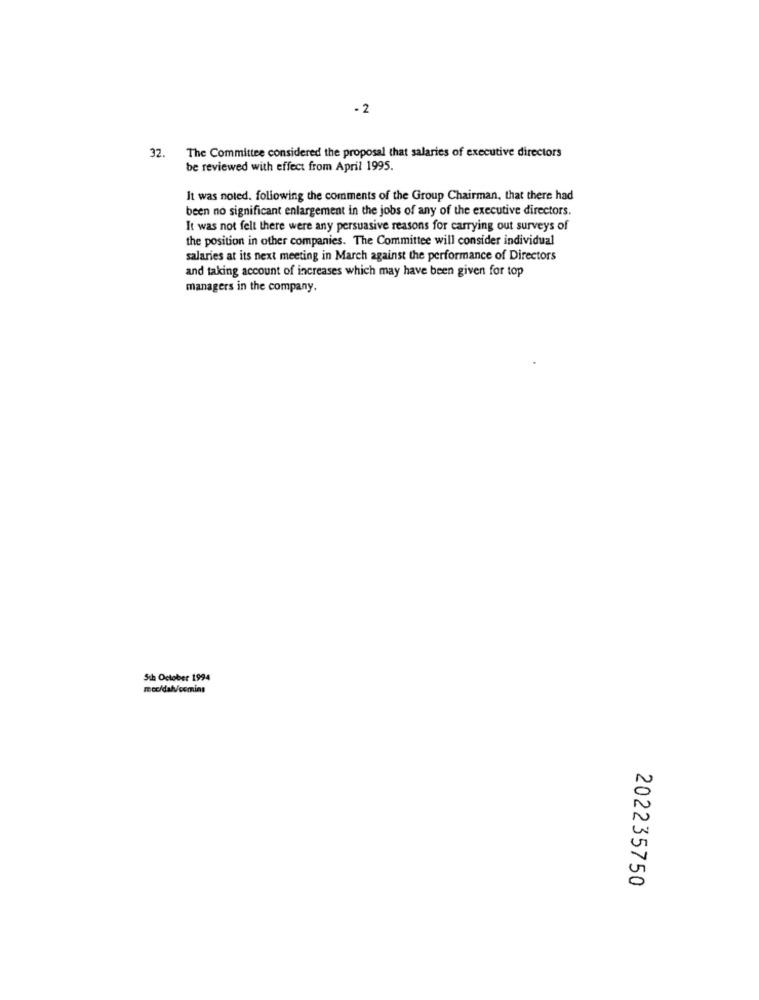
- 2
32.
The Committee considered the proposal that salaries of executive directors
be reviewed with effect from April 1995.
It was noted. following the comments of the Group Chairman, that there had
been no significant enlargement in the jobs of any of the executive directors.
It was not felt there were any persuasive reasons for carrying out surveys of
the position in other companies. The Committee will consider individual
salaries at its next meeting in March against the performance of Directors
and taking account of increases which may have been given for top
managers in the company.
5th October 1994
moc/dalv/coming
202235750